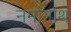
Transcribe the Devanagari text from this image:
नमोनाथ